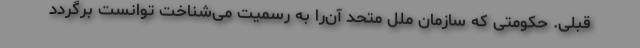
قبلی. حکومتی که سازمان ملل متحد آن‌را به رسمیت می‌شناخت توانست برگردد